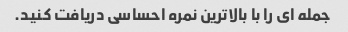
جمله ای را با بالاترین نمره احساسی دریافت کنید.